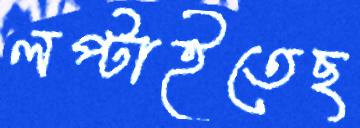
লপ্‌টাইতেছ